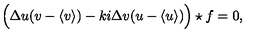
\Bigl ( \Delta u ( v - \langle v \rangle ) - k i \Delta v ( u - \langle u \rangle ) \Bigr ) \star f = 0 ,